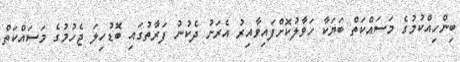
ބިންހިއްކުމުގެ މަސައްކަތް ބަޔަކާ ހަވާލުކޮށްފައިވާއިރު އެރަށު ދެކުނު ފަރާތުގައި ބޮޑުހިލަ ޖެހުމުގެ މަސައްކަތް